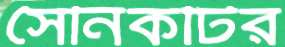
সৈনিকটির